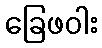
ခြေဖဝါး